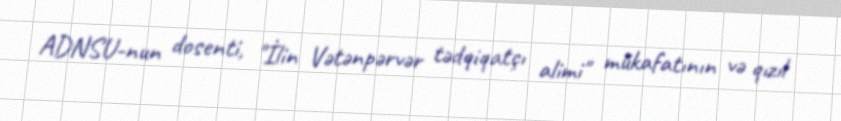
ADNSU-nun dosenti, "İlin Vətənpərvər tədqiqatçı alimi" mükafatının və qızıl